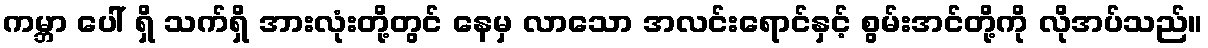
ကမ္ဘာ ပေါ် ရှိ သက်ရှိ အားလုံးတို့တွင် နေမှ လာသော အလင်းရောင်နှင့် စွမ်းအင်တို့ကို လိုအပ်သည်။